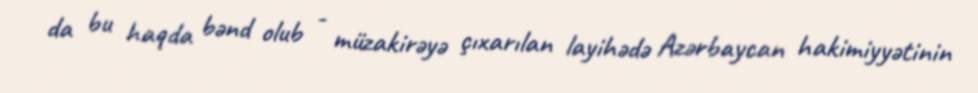
da bu haqda bənd olub - müzakirəyə çıxarılan layihədə Azərbaycan hakimiyyətinin